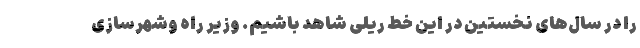
را در سال‌های نخستین در این خط ریلی شاهد باشیم. وزیر راه وشهرسازی